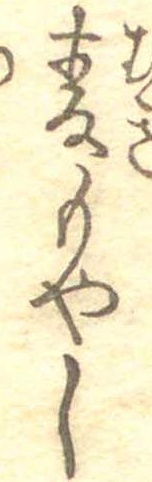
麦もやし